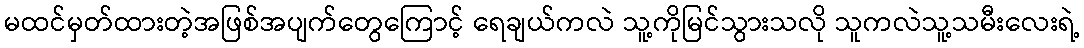
မထင်မှတ်ထားတဲ့အဖြစ်အပျက်တွေကြောင့် ရေချယ်ကလဲ သူ့ကိုမြင်သွားသလို သူကလဲသူ့သမီးလေးရဲ့